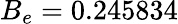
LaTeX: B_{e}=0.245834